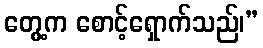
တွေ့က စောင့်ရှောက်သည်၊”